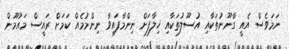
ނަމަވެސް އެއީ ގާނޫނުތަކާއި އުސޫލުތަކާއި ޚިލާފަށް ނިންމާފައިވާ ނިންމުމެއް ކަމަށް ރައީސް މައުމޫން